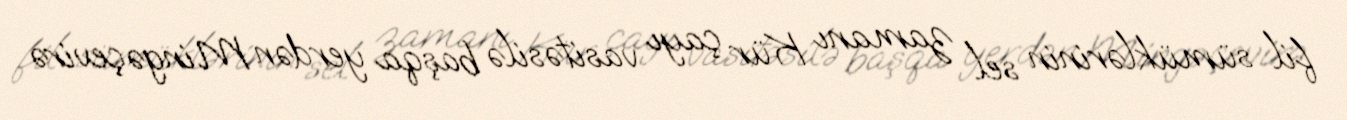
fil sümüklərinin sel zamanı Kür çayı vasitəsilə başqa yerdən Mingəçevirə